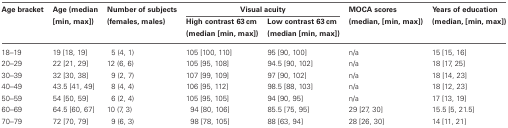
<table><thead><tr><td rowspan="2"><b>Age bracket</b></td><td rowspan="2"><b>Age (median [min, max])</b></td><td rowspan="2"><b>Number of subjects (females, males)</b></td><td colspan="2"><b>Visual acuity</b></td><td rowspan="2"><b>MOCA scores (median, [min, max])</b></td><td rowspan="2"><b>Years of education (median, [min, max])</b></td></tr><tr><td><b>High contrast 63 cm (median [min, max])</b></td><td><b>Low contrast 63 cm (median [min, max])</b></td></tr></thead><tbody><tr><td>18–19</td><td>19 [18, 19]</td><td>5 (4, 1)</td><td>105 [100, 110]</td><td>95 [90, 100]</td><td>n/a</td><td>15 [15, 16]</td></tr><tr><td>20–29</td><td>22 [21, 29]</td><td>12 (6, 6)</td><td>105 [95, 108]</td><td>94.5 [90, 102]</td><td>n/a</td><td>18 [17, 25]</td></tr><tr><td>30–39</td><td>32 [30, 38]</td><td>9 (2, 7)</td><td>107 [99, 109]</td><td>97 [90, 102]</td><td>n/a</td><td>18 [14, 23]</td></tr><tr><td>40–49</td><td>43.5 [41, 49]</td><td>8 (4, 4)</td><td>106 [95, 112]</td><td>98.5 [88, 103]</td><td>n/a</td><td>18 [12, 23]</td></tr><tr><td>50–59</td><td>54 [50, 59]</td><td>6 (2, 4)</td><td>105 [95, 105]</td><td>94 [90, 95]</td><td>n/a</td><td>17 [13, 19]</td></tr><tr><td>60–69</td><td>64.5 [60, 67]</td><td>10 (7, 3)</td><td>94 [80, 106]</td><td>85.5 [75, 95]</td><td>29 [27, 30]</td><td>15.5 [5, 21.5]</td></tr><tr><td>70–79</td><td>72 [70, 79]</td><td>9 (6, 3)</td><td>98 [78, 105]</td><td>88 [63, 94]</td><td>28 [26, 30]</td><td>14 [11, 21]</td></tr></tbody></table>